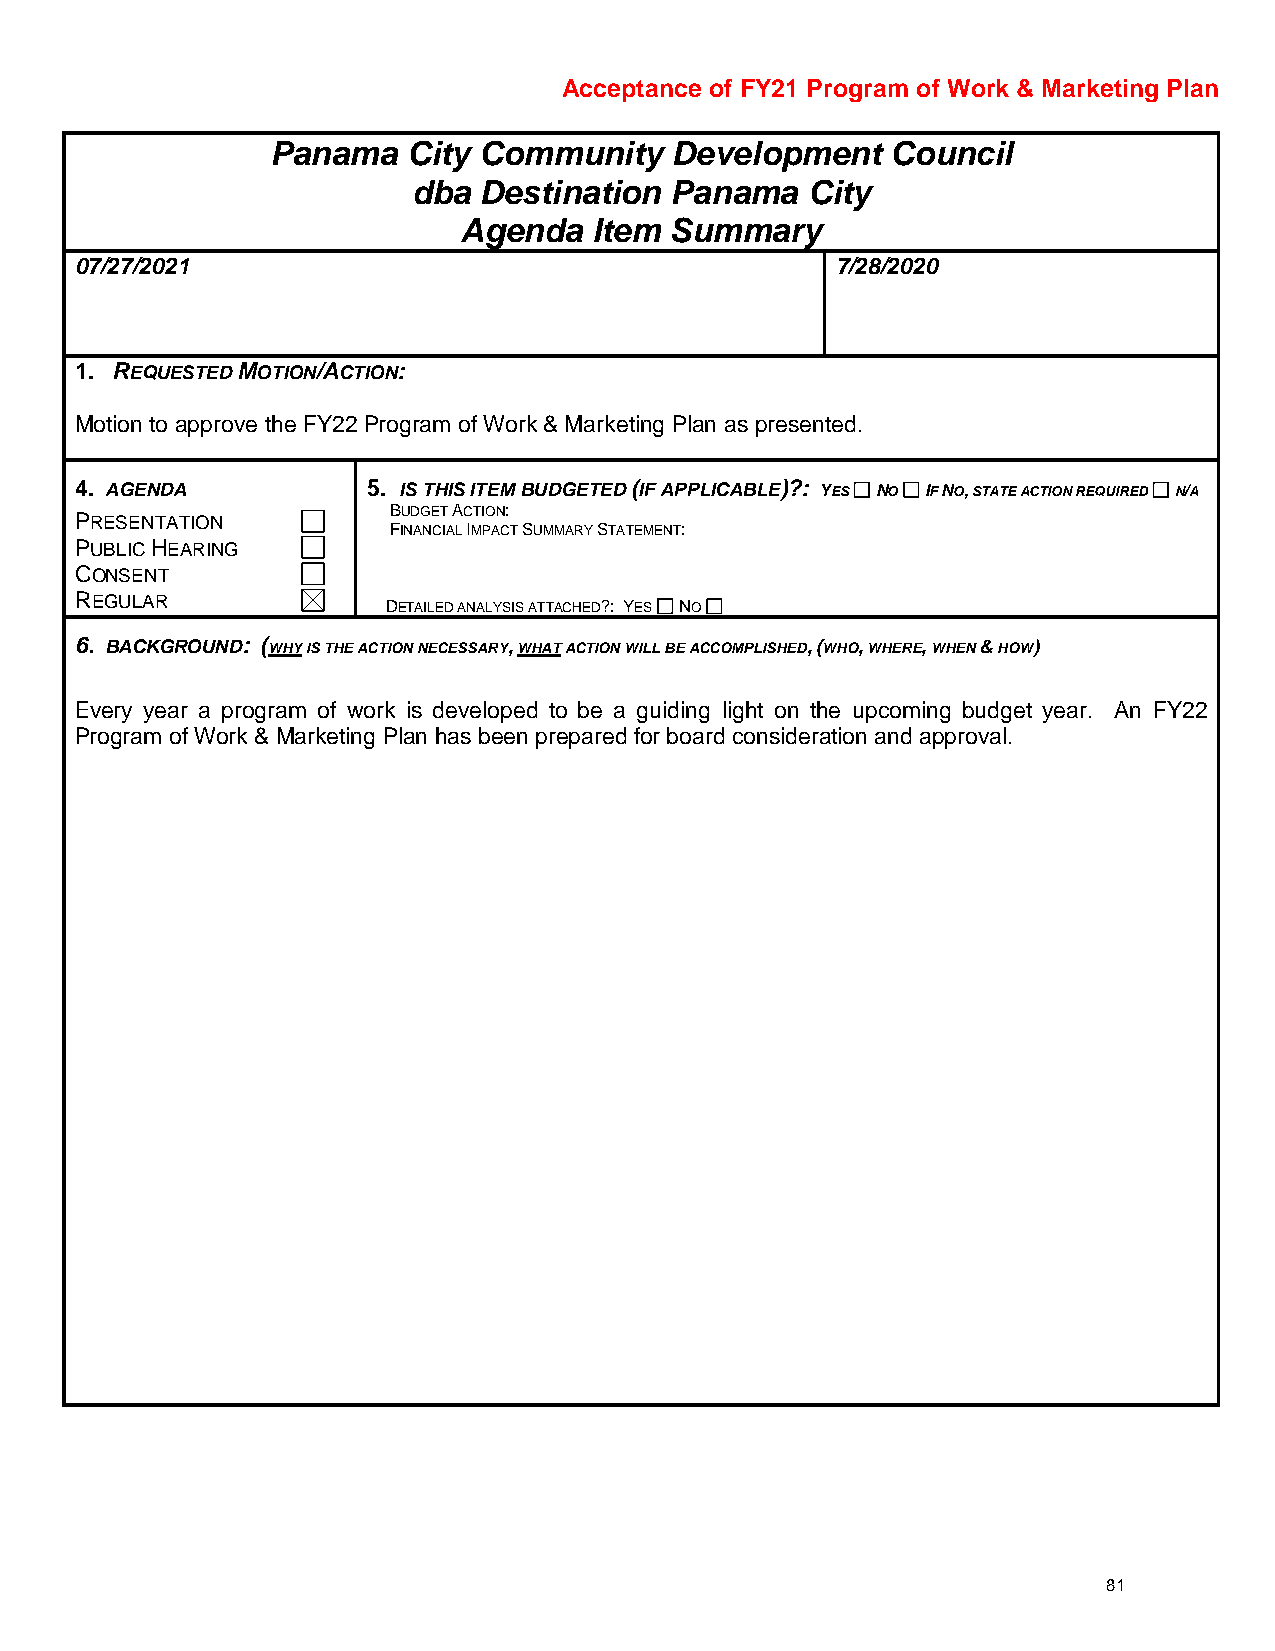
Acceptance of FY21 Program of Work & Marketing Plan
 Panama   City Community   Development    Council
 dba  Destination Panama   City
 Agenda   Item Summary
 07/27/2021                                        7/28/2020
 1. REQUESTED MOTION/ACTION:
 Motion to approve the FY22 Program of Work & Marketing Plan as presented.
 4. AGENDA          5. IS THIS ITEM BUDGETED (IF APPLICABLE)?: YES NO IF NO, STATE ACTION REQUIRED N/A
 BUDGET ACTION:
 PRESENTATION
 FINANCIAL IMPACT SUMMARY STATEMENT:
 PUBLIC HEARING
 CONSENT
 REGULAR
 DETAILED ANALYSIS ATTACHED?: YES NO
 6. BACKGROUND: (WHY IS THE ACTION NECESSARY, WHAT ACTION WILL BE ACCOMPLISHED, (WHO, WHERE, WHEN & HOW)
 Every year a program of work is developed to be a guiding light on the upcoming budget year. An FY22
 Program of Work & Marketing Plan has been prepared for board consideration and approval.
 81